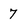
Character: 7